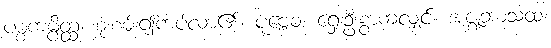
ပစ္စကမ္ပိတ္ထ၊ စုံးစမ်း၍ကပ်လာ၏။ ပုဗ္ဗေဝ၊ ရှေးဦးစွာကလျှင်။ အဇ္ဈဘာသထ၊